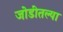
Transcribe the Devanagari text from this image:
जोडीतल्या